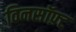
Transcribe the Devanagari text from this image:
विनसॉफ़्ट